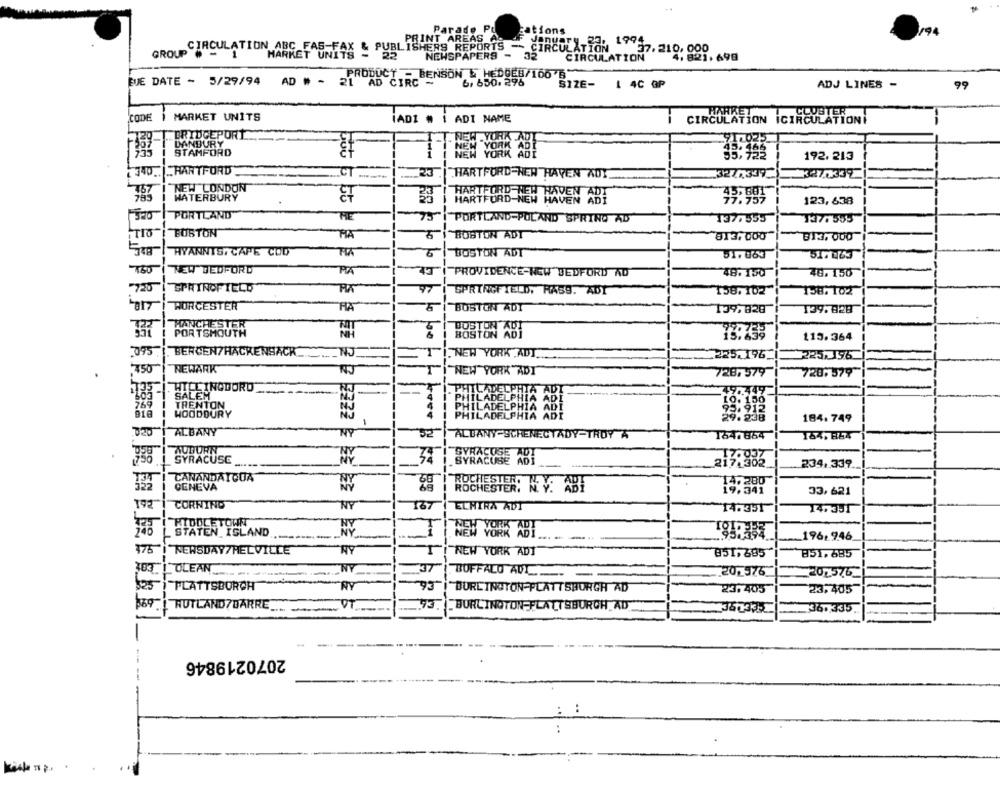
Parade Pd
ations
194
PRINT AREAS A
GROUPCIRCULATION ABC FAS-FAX
HARKET UNITS - 22
NEWSPAPERS -
32
CIRCULATION
37.210: 000, 698
PRODUCT - BENSON & HEDOES/100 6"
BUE DATE - 5/29/94
AD # - 21 AD CIRC -
6. 650. 296
SIZE-
1 4C OP
ADJ LINES -
99
CODE
MARKET UNITS
IADI # I ADI NAME
CIRCULATION ICIRCULATIONI
BRIDGEPORT
DANBURY
STAMFORD
192. 213
_HARTFORD"
CT
23
HARTFORD NEW HAVEN ADY
327,339
NEW LONDON
767
WATERBURY
HARTFORD-NEW HAVEN
99.993
123,638
PORTLAND
75
PORTLAND-POLAND SPRING AD
137.355
337. 555
EUSTON
MIA
BOSTON ADT
813,000
BI3, 000
RYANNTS, CAPE COD
5
BOSTON ADT
51. 063
51.063
NEW BEDFORD
PIA
PROVIDENCE-NEW BEDFORD AD
48.150
46.150
SPRINGFIELD
97
SPRINGFIELD, RAS9. ADT
138.102
158.102
WORCESTER
HA
BOSTON ADI
139. 828
139,828
MANCHESTER
BOSTON ABI
115.364
375
BERCEN/HACKENSACK_
T
NEW YORK ,ADT.
225.196.
225.196
NEWARK
NEW YORK"ADI
728,579
728,379
HILLINGDORD
SALES
-
.PHILADELPHIA ADT
AD
----
347
PHILADELPHI
TRENTON
PHILADELPHIA ABI
WOODBURY
NO
PHILADELPHIA ADI
ABE
184. 749
ALBANY
NY
32"
ALBANY-SCHENECTADY-TROY A
164.664
164, 844
AUBURN
SYRACUSE
NY
AN.
SYRACUSE ADI
215998%
234. 339.
CANANDAIGUA
GENEVA
ROCHESTER: MY. ABY
33,621
192
CORNING
NY
167
ELHIRA ADT
14.351
14.351
MIDDLETOWN
L STATEN ISLAND
NEW YORK ADT
196.946
NEWSDAY/HELVILLE
RY
NEW YORK ADT"
851, 695
851,685
OLEAN
NY
#37
BUFFALO ADL
20.576
202576_
RY
PLATTSBURGH
93
BURLINGTON-PLATTSBURGH AD
23.405
23, 405
RUTLAND7BARRE
73.
. BURLINGTON PLATTSBURGH AD
360335
36. 335
--
2070219846
..